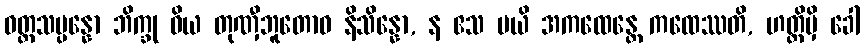
ဝတ္တသမ္ပန္နော ဘိက္ခု ဝိယ တုဏှီဘူတောဝ နိသိန္နော, န ဧသ မယိ အကထေန္တေ ကထေဿတိ, ဟတ္ထိမှိ ခေါ